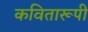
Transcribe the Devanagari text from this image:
कवितारूपी